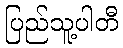
ပြည်သူ့ပါတီ